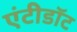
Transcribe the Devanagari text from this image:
एंटीडाॅट